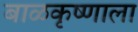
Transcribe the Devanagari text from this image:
बाळकृष्णाला